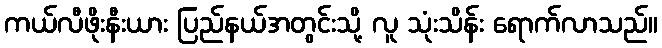
ကယ်လီဖိုးနီးယား ပြည်နယ်အတွင်းသို့ လူ သုံးသိန်း ရောက်လာသည်။